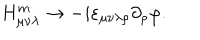
LaTeX: H _ { \mu \nu \lambda } ^ { m } \to - i \varepsilon _ { \mu \nu \lambda \rho } \partial _ { \rho } \varphi .